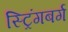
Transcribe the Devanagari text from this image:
स्ट्रिंगबर्ग